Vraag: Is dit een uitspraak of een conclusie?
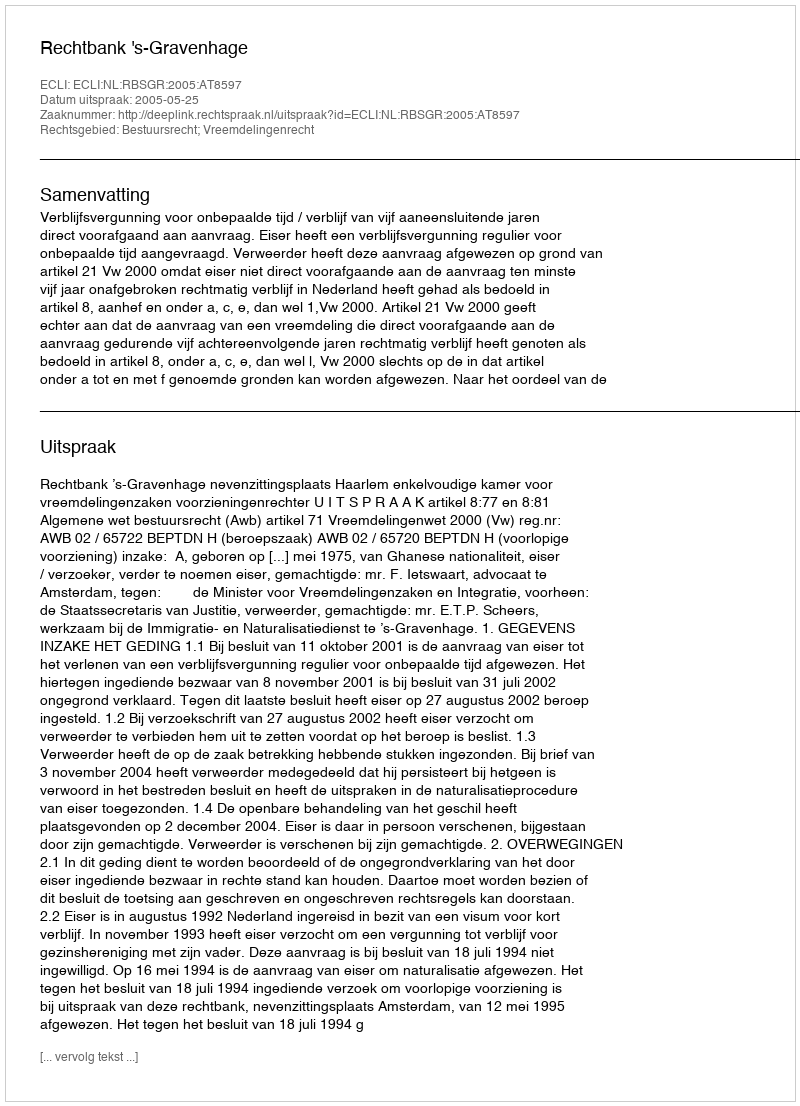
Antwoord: Uitspraak